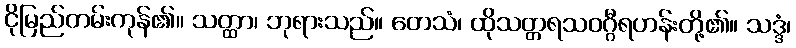
ငိုမြည်တမ်းကုန်၏။ သတ္ထာ၊ ဘုရားသည်။ တေသံ၊ ထိုသတ္တရသဝဂ္ဂီရဟန်းတို့၏။ သဒ္ဒံ၊